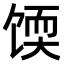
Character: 𫗬